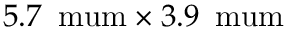
5 . 7 \, \mathrm { \ m u m } \times 3 . 9 \, \mathrm { \ m u m }